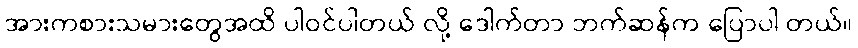
အားကစားသမားတွေအထိ ပါဝင်ပါတယ် လို့ ဒေါက်တာ ဘက်ဆန်က ပြောပါ တယ်။